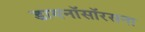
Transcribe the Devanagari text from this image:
डायनॉसॉरसना